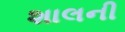
શાલની